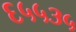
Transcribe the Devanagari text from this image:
६५५३५